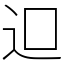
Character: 𨑕